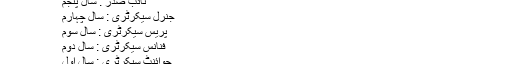
بزم منہاج کی باڈی کا انتخاب اس لحاظ سے ہوتا ہے:
صدر : سال ششم
نائب صدر : سال پنجم
جنرل سیکرٹری : سال چہارم
پریس سیکرٹری : سال سوم
فنانس سیکرٹری : سال دوم
جوائنٹ سیکرٹری : سال اول
موجودہ ذمہ داران[ترمیم]
28 جنوری 2011ء کو کو بزم منہاج کی تنظیم نو کی گئی جس کے مطابق مندرجہ ذیل تنظیم بنی ۔